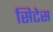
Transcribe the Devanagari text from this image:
सिटेस